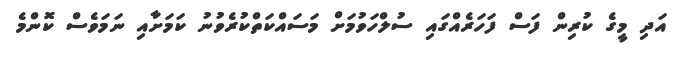
އަދި މީގެ ކުރިން ފަސް ފަހަރެއްގައި ސުލްހަވުމަށް މަސައްކަތްކުރެވުނު ކަމަށާއި ނަމަވެސް ކޮންމެ